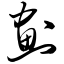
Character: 划